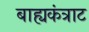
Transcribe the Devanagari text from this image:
बाह्यकंत्राट